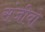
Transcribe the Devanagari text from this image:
संजीवो